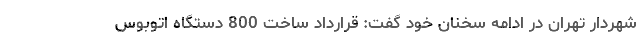
شهردار تهران در ادامه سخنان خود گفت: قرارداد ساخت 800 دستگاه اتوبوس